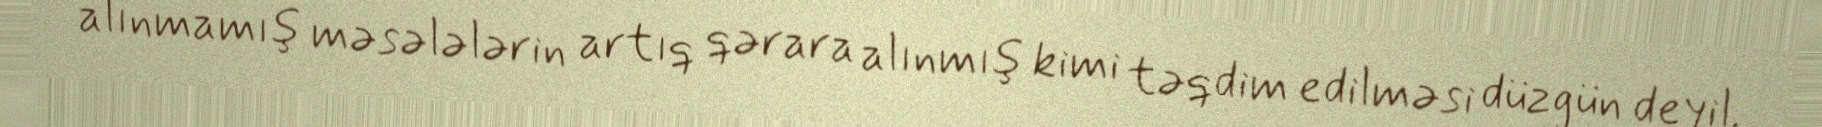
alınmamış məsələlərin artıq qərara alınmış kimi təqdim edilməsi düzgün deyil.